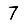
Digit: 7